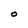
Character: O